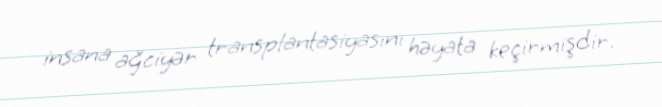
insana ağciyər transplantasiyasını həyata keçirmişdir.